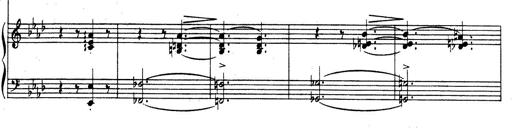
Title: Rhapsodie espagnole
Composer: Franz Liszt